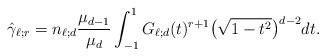
LaTeX: \begin{align*}\hat\gamma_{\ell; r}=n_{\ell;d}\frac{\mu_{d-1}}{\mu_d}\int_{-1}^1 G_{\ell;d}(t)^{r+1} \big(\sqrt{1-t^2}\big)^{d-2} dt.\end{align*}